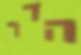
הדר